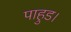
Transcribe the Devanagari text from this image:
पाहुड।